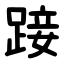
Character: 踥